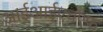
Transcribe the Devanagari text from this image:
आईआईएचएफ